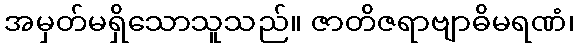
အမှတ်မရှိသောသူသည်။ ဇာတိဇရာဗျာဓိမရဏံ၊